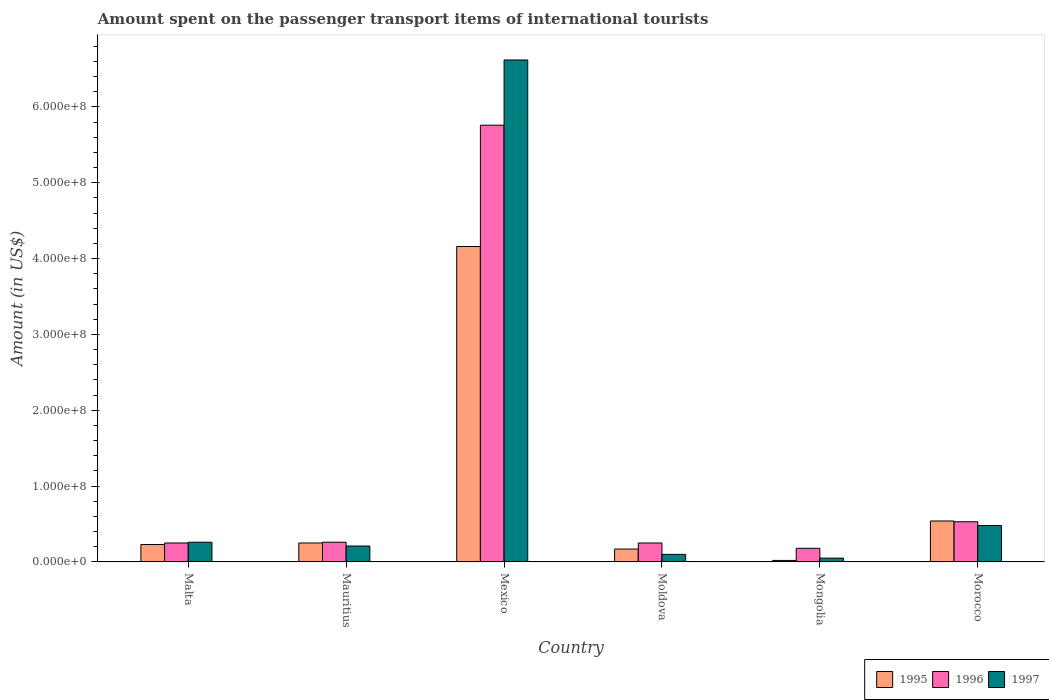
| Country | 1995 | 1996 | 1997 |
 | --- | --- | --- | --- |
 | Malta | 2.3e+07 | 2.5e+07 | 2.6e+07 |
 | Mauritius | 2.5e+07 | 2.6e+07 | 2.1e+07 |
 | Mexico | 4.16e+08 | 5.76e+08 | 6.62e+08 |
 | Moldova | 1.7e+07 | 2.5e+07 | 1e+07 |
 | Mongolia | 2e+06 | 1.8e+07 | 5e+06 |
 | Morocco | 5.4e+07 | 5.3e+07 | 4.8e+07 |